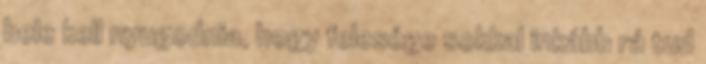
bele kell nyugodnia, hogy felesége sokkal inkább rá tud